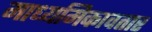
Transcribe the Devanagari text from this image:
माध्यमिकावतार